Scottish Leaving Certificate Examination, 1960
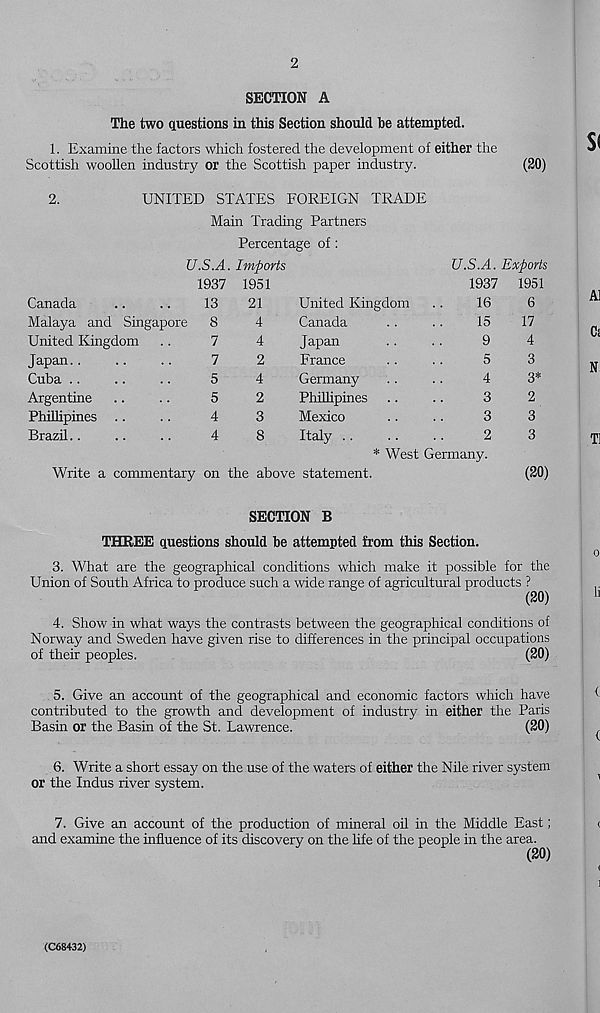
2
SECTION A
The two questions in this Section should be attempted.
1. Examine the factors which fostered the development of either the
Scottish woollen industry or the Scottish paper industry.
(20)
2.
UNITED STATES FOREIGN TRADE
Main Trading Partners
Percentage of :
U.S.A. Imports
1937 1951
Canada
..
..
13
21
Malaya and Singapore 8
4
United Kingdom ..
7
4
Japan..
..
..
7
2
Cuba ..
..
..
5
4
Argentine ..
..
5
2
Phillipines ..
..
4
3
Brazil..
..
..
4
8
United Kingdom
Canada
Japan
France
Germany
Phillipines
Mexico
Italy ..
U.S.A. Exports
1937 1951
16
6
Write a commentary on the above statement.
15
17
9
4
5
3
4
3*
3
2
3
3
2
3
* West Germany.
(20)
SECTION B
THREE questions should be attempted from this Section.
3. What are the geographical conditions which make it possible for the
Union of South Africa to produce such a wide range of agricultural products ?
(20)
4. Show in what ways the contrasts between the geographical conditions of
Norway and Sweden have given rise to differences in the principal occupations
of their peoples.
(20)
5. Give an account of the geographical and economic factors which have
contributed to the growth and development of industry in either the Paris
Basin or the Basin of the St. Lawrence.
(20)
6. Write a short essay on the use of the waters of either the Nile river system
or the Indus river system.
7. Give an account of the production of mineral oil in the Middle East;
and examine the influence of its discovery on the life of the people in the area.
(20)
(C68432)